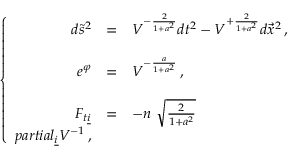
\left\{ \begin{array} { r c l } { { d \tilde { s } ^ { 2 } } } & { { = } } & { { V ^ { - \frac { 2 } { 1 + a ^ { 2 } } } d t ^ { 2 } - V ^ { + \frac { 2 } { 1 + a ^ { 2 } } } d \vec { x } ^ { 2 } \, , } } \\ { { } } & { { } } & { { } } \\ { { e ^ { \varphi } } } & { { = } } & { { V ^ { - \frac { a } { 1 + a ^ { 2 } } } \, , } } \\ { { } } & { { } } & { { } } \\ { { F _ { t \underline { { { i } } } } } } & { { = } } & { { - n \ \sqrt { \frac { 2 } { 1 + a ^ { 2 } } } } } \\ { { p a r t i a l _ { \underline { { { i } } } } V ^ { - 1 } \, , } } \end{array} \right.